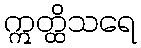
ဣတ္ထိသရေ